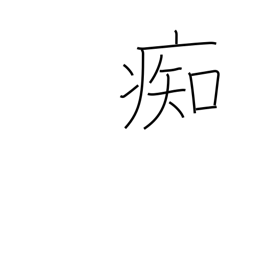
Meaning: stupid